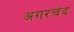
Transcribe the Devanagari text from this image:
अगरचंद